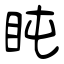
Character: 盹